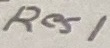
Text: Res1